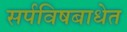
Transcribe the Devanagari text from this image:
सर्पविषबाधेत